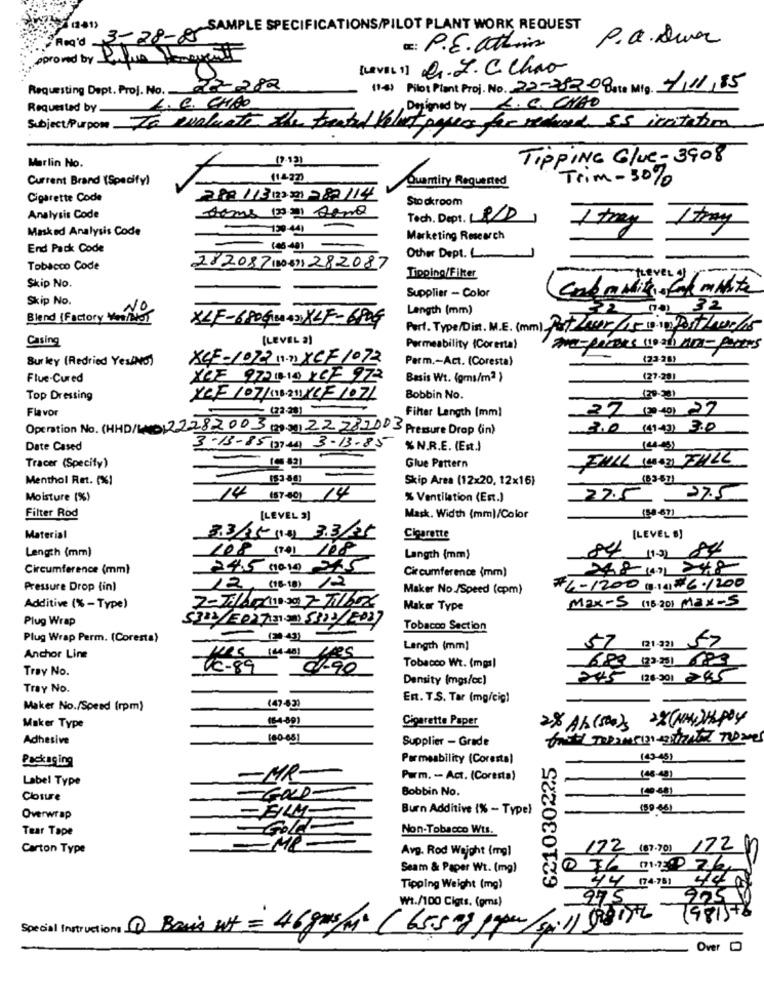
Rx'd 3-28-85SAMPLE SPECIFICATIONS/PILOT PLANT WORK REQUEST
(241)
P.a.Duvar
CE: P.E. attin
pproved by Puque Hanover
(Level "] R.L. C. Chao
Requesting Dept. Proj. No.
27-282
(1-4) Pilot Plant Proj. No. 22-782-08 at. Mig. 4/11/85
Requested by.
L. C. CHAO
, Designed by &. C. CHAO
Subject/Purpose To evaluate the t
of pages for reduced $5 inatation
Marlin No.
TippING Glue- 3908
Current Brand (Specify)
11:27
Trim- 30%
Quemity Requested
Cigarette Code
282/3/2/21282/14
Stockroom
Analysis Code
Tech, Dept. 80)
Masked Analysis Code
1 try
Itmay
Marketing Research
End Pack Code
- 10-01 -
Other Dept. L
Tobacco Code
282087 (10-59) 282087
Tipping/Filter
Thever
Skip No.
Skip No.
Supplier - Color
NO
Length (mm)
Tal 32
Blend (Factory Monitor
XLF-6806100+3 XLF-680G
Port. Type/Dist. M.E. (mm) Pat Zeer/15 10 in PostZuur/15
Casing
(LEVEL 2)
Permeability (Corental
Temperoes von Arl- partes
Bur ley (Redried Yes/No)
XCF-1072 n.n XCF /072
Perm .- Act. (Coresta)
(2328)
Flue-Cured
XCE 972110 XOF 972
Basis Wt. (gms/m2 }
(27-20)
Top Dressing
XCF /07/1/211 16F 1071
Bobbin No.
Flavor
27 (2º 40) 27
Filter Length [mm]
Operation No. (HHD/LMD) 22282003 (2)30) 22282003 Pressure Drop (in)
3.0 (14) 3.0
Date Cased
3-13-85 (3744) 3-13-85
% N.R.E. (Est.)
(44-45)
EMLL (WODY SHILL
Tracer (Specify)
Glue Pattern
Menthol Ret. (%)
Skip Area (12x20, 12x16)
Moisture (%)
14 (57.401 14
% Ventilation (Est.)
22.5 27.5
Filter Rod
[LEVEL 2)
Mask. Width (mm)/Color
Mell
Material
33/15- 14) 33/25
Cigarette
[LEVEL B)
Length (mm)
108 (7) 108
Langth (mm)
847 1132 832
Circumference (mm)
24.5 (10.10 215
Circumference (mm)
268 (m) 248
Pressure Drop {in)
12, (16-18) 12
Maker No./Speed (cpm)
#6-1200 1.10) #6./200
Max-5 (18 20) Max-5
Additive (% - Type)
2-Jillo(1030 7- Tilbox
Maker Type
Plug Wrap
532/502731 5323/2037
Tobacco Section
Plug Wrap Perm. (Coresta)
Length (mm]
57 ataa) 57
Anchor Line
Tray No.
KC-89
01.90
Tobacco Wt. (mgs)
689 (23.25) 183
Density (mgs/cc)
245 (26.50) 285
Tray No.
Ent. T.S. Tar (mg/cig)
Maker No./Speed (rpm)
(47-43)
(6-4-89)
Cigarette Paper
28 AB (500) 22 (MM)HAPPY
Maker Type
Adhesive
-100-031
Supplier - Grade
Packaging
Permeability (Corestal
621030225
(43-431
Label Type
-MR-
Parm, -- Act. (Coresta)
148-49)
Bobbin No.
19691
Closure
Burn Additive {% - Type)
-
(90.661
Overwrap
Tear Tape
Non-Tobacco Wts.
Carton Type
Avg. Rod Weight (mg)
172 (8).70) 172
Seam & Paper Wt. (mg)
40 M
Tipping Weight (mg)
44 (74-751
975
Wt./100 Cigts. (gms)
981578
Special Instructions Basis alt = 46 gms(me (65.5 of paper/spill 98176
Over D